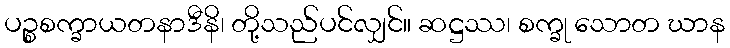
ပဉ္စစက္ခာယတနာဒီနိ၊ တို့သည်ပင်လျှင်။ ဆဋ္ဌဿ၊ စက္ခု သောတ ဃာန